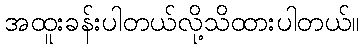
အထူးခန်းပါတယ်လို့သိထားပါတယ်။